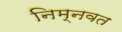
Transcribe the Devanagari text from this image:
निम्‍नवत